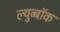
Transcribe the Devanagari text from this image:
ल्युब्बॉक